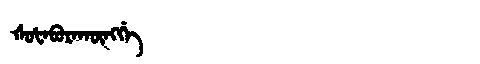
Manchu: ᡧᡠᡶᠠᠪᡠᡵᠠᡴᡡᠩᡤᡝ
Romanization: ŠUFABURAKŪNGGE